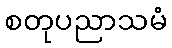
စတုပညာသမံ